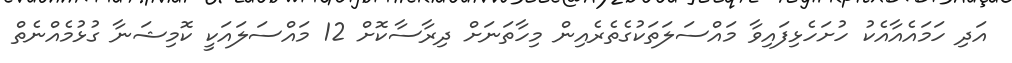
އަދި ހަމައެއާއެކު ހުށަހެޅިފައިވާ މައްސަލަތަކުގެތެރެއިން މިހާތަނަށް ދިރާސާކޮށް 12 މައްސަލައަކީ ކޮމިޝަނާ ގުޅުމެއްނެތް